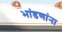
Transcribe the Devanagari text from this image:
भांडणांना